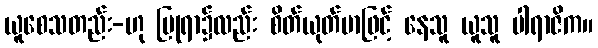
ယူစေသတည်း-ဟု ပြုရာ၌လည်း စိတ်ယုတ်မာဖြင့် နေသူ ယူသူ ပါရာဇိက။